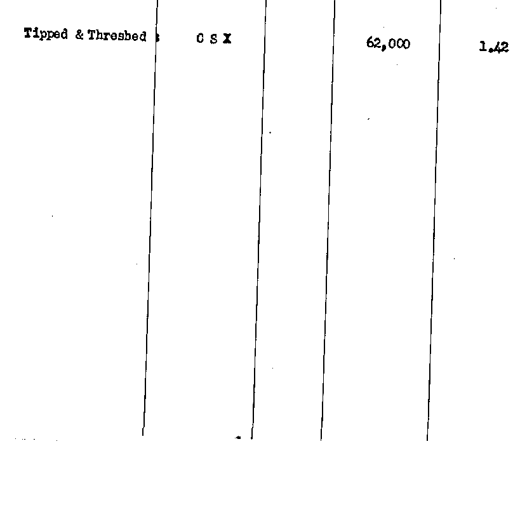
Tipped & Threshed C S X 62,000 1.42